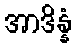
အာဒိန္နံ